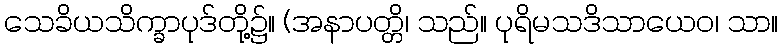
သေခိယသိက္ခာပုဒ်တို့၌။ (အနာပတ္တိ၊ သည်။ ပုရိမသဒိသာယေဝ၊ သာ။